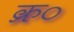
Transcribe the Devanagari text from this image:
क्र०